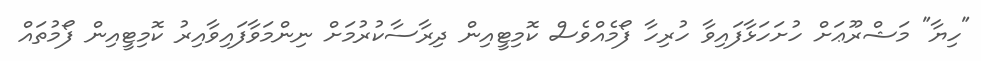
"ހިޔާ" މަޝްރޫޢަށް ހުށަހަޅާފައިވާ ހުރިހާ ފޯމެއްވެސް ކޮމިޓީއިން ދިރާސާކުރުމަށް ނިންމަވާފައިވާއިރު ކޮމިޓީއިން ފޯމުތައް